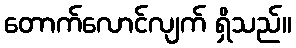
တောက်လောင်လျက် ရှိသည်။